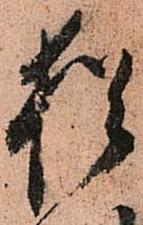
猶